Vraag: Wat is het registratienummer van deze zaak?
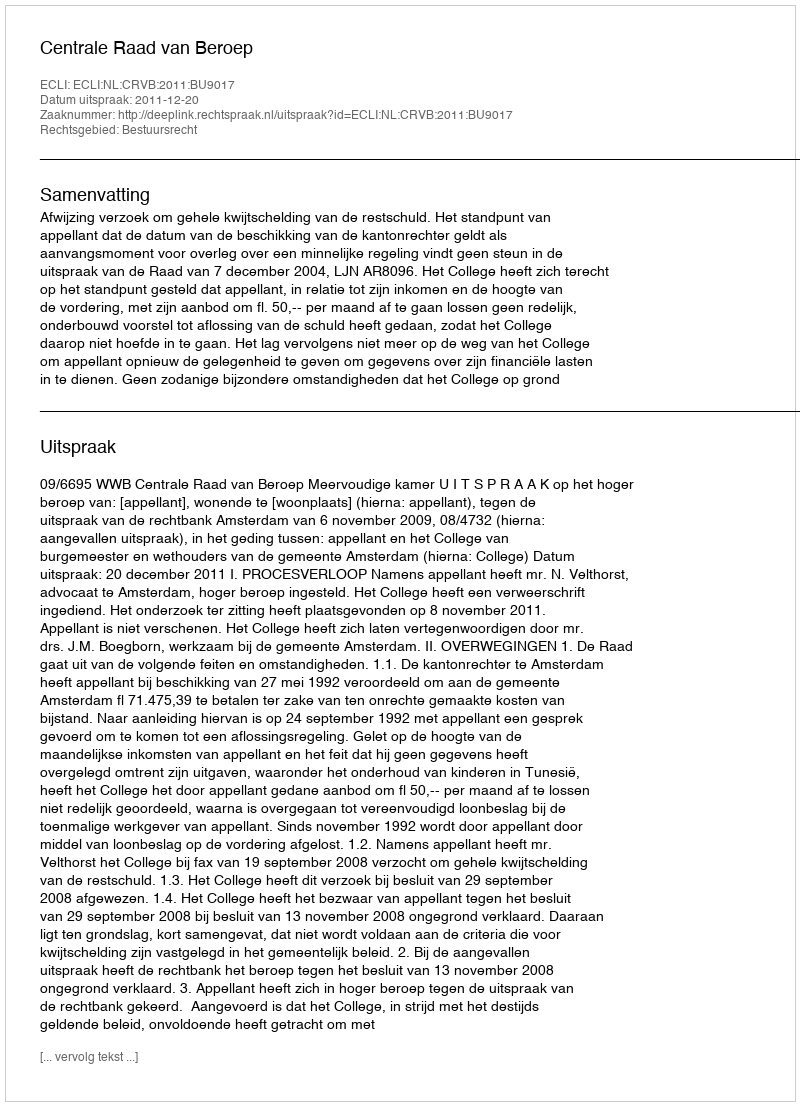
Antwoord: http://deeplink.rechtspraak.nl/uitspraak?id=ECLI:NL:CRVB:2011:BU9017